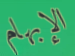
الإبهام